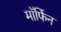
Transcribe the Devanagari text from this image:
माॅर्फिन